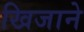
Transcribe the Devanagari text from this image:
खिजाने